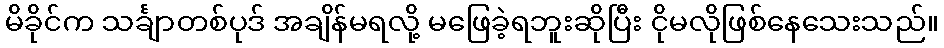
မိခိုင်က သင်္ချာတစ်ပုဒ် အချိန်မရလို့ မဖြေခဲ့ရဘူးဆိုပြီး ငိုမလိုဖြစ်နေသေးသည်။